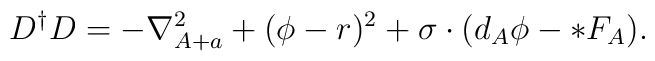
D^\dagger D=-\nabla_{A+a}^2+(\phi-r)^2+\sigma\cdot(d_A\phi-*F_A).